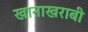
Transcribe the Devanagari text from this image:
खानाखराबी